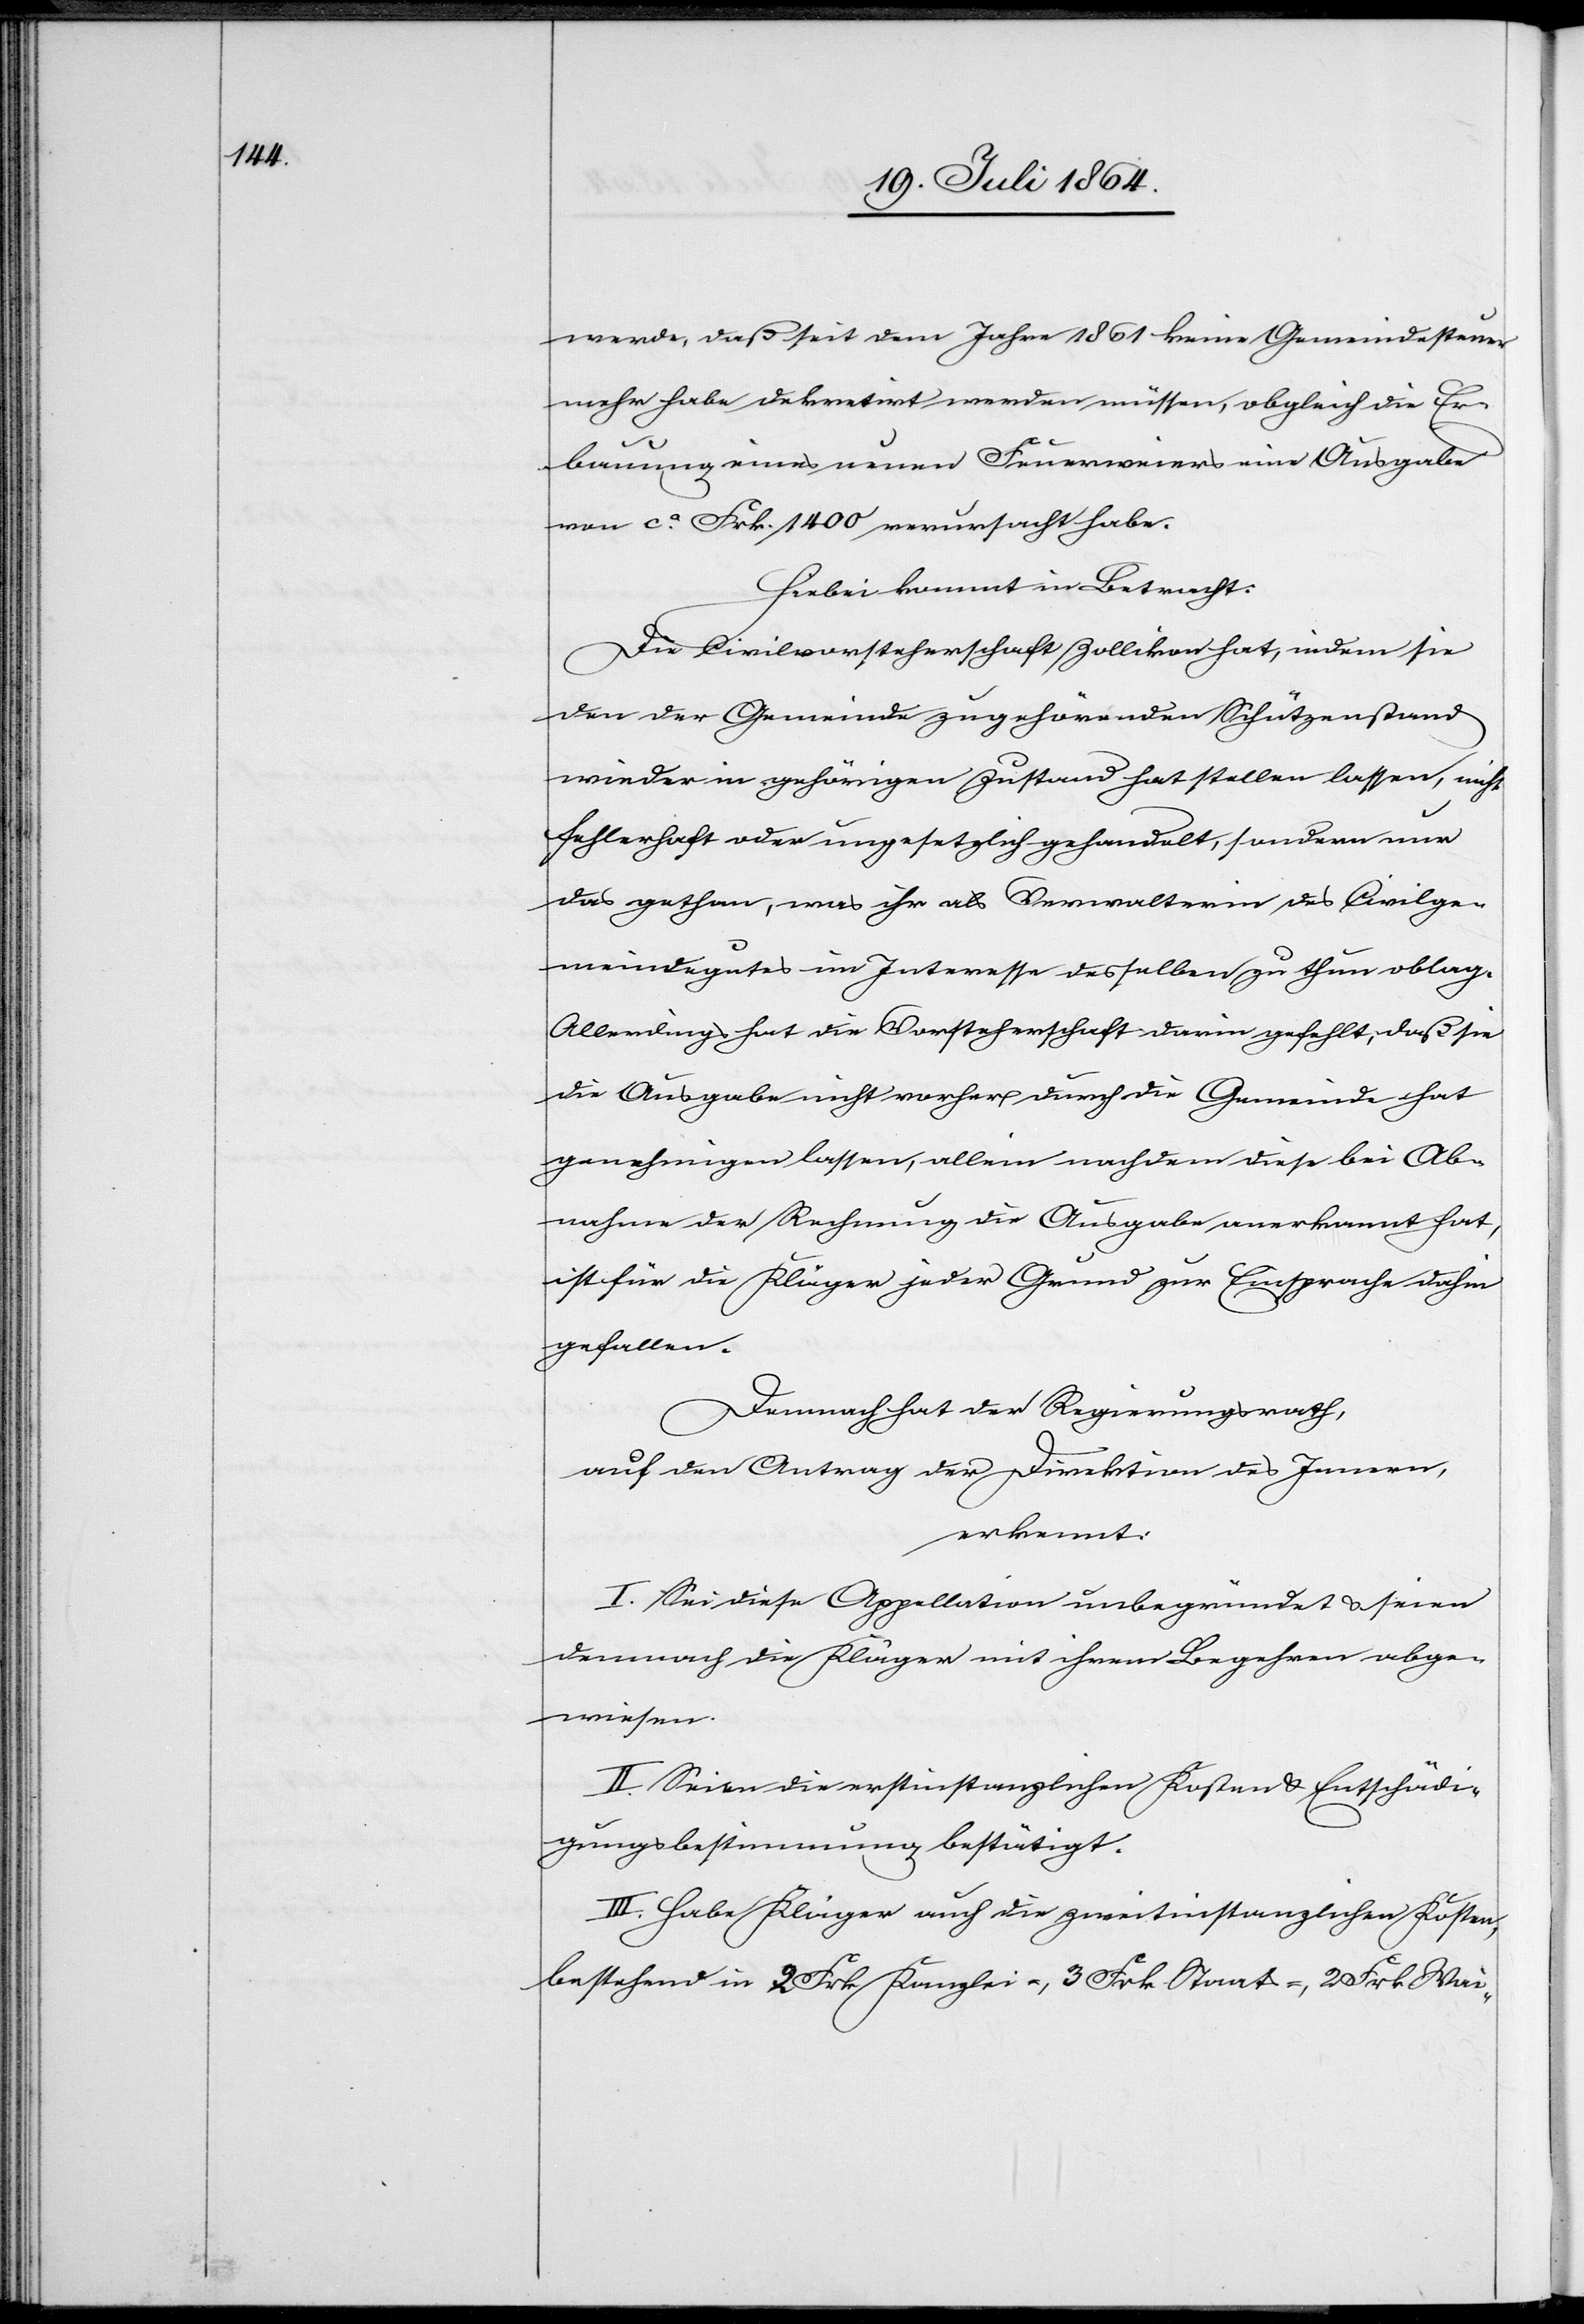
werde, daß seit dem Jahre 1861 keine Gemeindesteuer
mehr habe dekretirt werden müssen, obgleich die Er¬
bauung eines neuen Feuerweiers eine Ausgabe
von ca Frk. 1400 verursacht habe.
Hiebei kommt in Betracht:
Die Civilvorsteherschaft Zollikon hat, indem sie
den der Gemeinde zugehörenden Schützenstand
wieder in gehörigen Zustand hat stellen lassen, nicht
fehlerhaft oder ungesetzlich gehandelt, sondern nur
das gethan, was ihr als Verwalterin des Civilge¬
meindegutes im Interesse desselben zu thun oblag.
Allerdings hat die Vorsteherschaft darin gefehlt, daß sie
die Ausgabe nicht vorher durch die Gemeinde hat
genehmigen lassen, allein nachdem diese bei Ab¬
nahme der Rechnung die Ausgabe anerkannt hat,
ist für den Kläger jeder Grund zur Einsprache dahin
gefallen.
Demnach hat der Regierungsrath,
auf den Antrag der Direktion des Innern,
erkannt:
I. Sei diese Appellation unbegründet u. seien
demnach die Kläger mit ihrem Begehren abge¬
wiesen.
II. Seien die erstinstanzlichen Kosten u. Entschädi¬
gungsbestimmung bestätigt.
III. Habe Kläger auch die zweitinstanzlichen Kosten,
bestehend in 2 Frk Kanzlei-, 3 Frk Staat-, 2 Frk Wai-